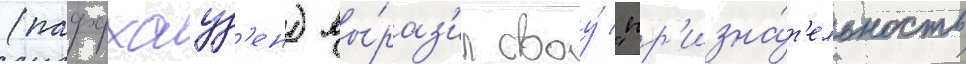
(паффхауз'ен) вы́раз'ил своу́ "пр'изна́т'ельность